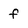
Character: f